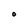
Character: O